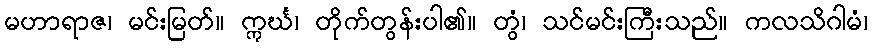
မဟာရာဇ၊ မင်းမြတ်။ ဣင်္ဃ၊ တိုက်တွန်းပါ၏။ တွံ၊ သင်မင်းကြီးသည်။ ကလသိဂါမံ၊